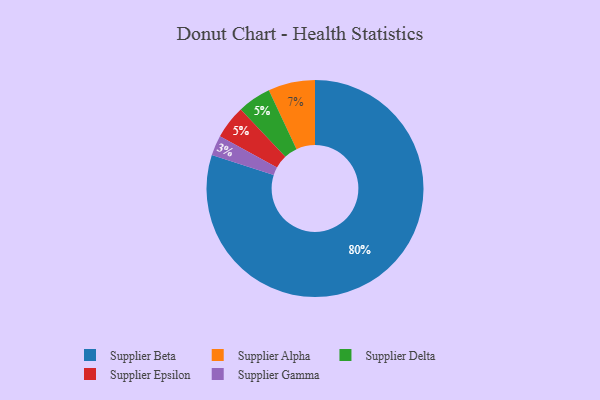
{"axis": {"x": "Category", "y": "Percentage"}, "legend": ["Supplier Alpha", "Supplier Beta", "Supplier Delta", "Supplier Epsilon", "Supplier Gamma"], "data": [{"x": "Supplier Delta", "y": 5, "type": "Supplier Delta"}, {"x": "Supplier Epsilon", "y": 5, "type": "Supplier Epsilon"}, {"x": "Supplier Gamma", "y": 3, "type": "Supplier Gamma"}, {"x": "Supplier Beta", "y": 80, "type": "Supplier Beta"}, {"x": "Supplier Alpha", "y": 7, "type": "Supplier Alpha"}]}